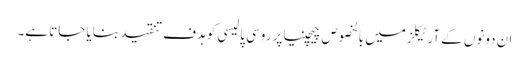
ان دونوں کے آرٹیکلز میں بالخصوص چیچنیا پر روسی پالیسی کو ہدف تنقید بنایا جاتا ہے۔